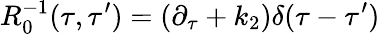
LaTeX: R_{0}^{-1}(\tau,\tau^{\prime})=(\partial_{\tau}+k_{2})\delta(\tau-\tau^{\prime})